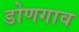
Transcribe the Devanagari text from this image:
डोणगाव